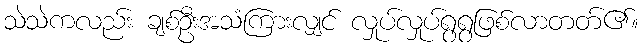
သဲသဲကလည်း ချစ်ဦးအသံကြားလျှင် လှုပ်လှုပ်ရွရွဖြစ်လာတတ်၏။